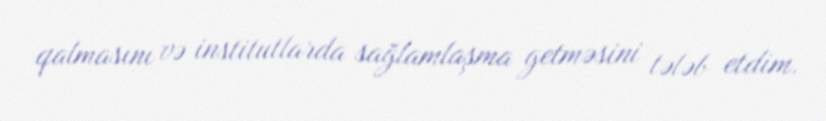
qalmasını və institutlarda sağlamlaşma getməsini tələb etdim.